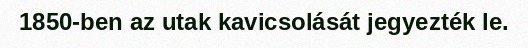
1850-ben az utak kavicsolását jegyezték le.